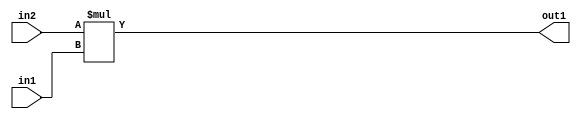
`timescale 1ps / 1ps
/*****************************************************************************
    Verilog RTL Description
    
    
    Created by: Stratus DpOpt 21.05.01 
*******************************************************************************/

module SobelFilter_Mul_32Sx4U_32S_4 (
	in2,
	in1,
	out1
	); /* architecture "behavioural" */ 
input [31:0] in2;
input [3:0] in1;
output [31:0] out1;
wire [31:0] asc001;

assign asc001 = 
	+(in2 * in1);

assign out1 = asc001;
endmodule

/* CADENCE  ubD2TQE= : u9/ySxbfrwZIxEzHVQQV8Q== ** DO NOT EDIT THIS LINE ******/